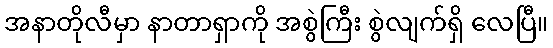
အနာတိုလီမှာ နာတာရှာကို အစွဲကြီး စွဲလျက်ရှိ လေပြီ။